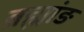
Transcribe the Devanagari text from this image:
ब्रह्मांङ